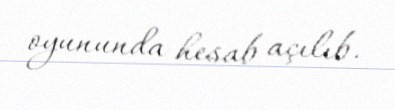
oyununda hesab açılıb.